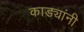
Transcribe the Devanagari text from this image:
काड्यांनी